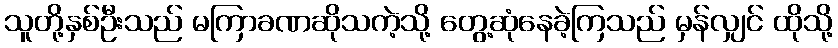
သူတို့နှစ်ဦးသည် မကြာခဏဆိုသကဲ့သို့ တွေ့ဆုံနေခဲ့ကြသည် မှန်လျှင် ထိုသို့